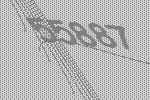
55887